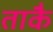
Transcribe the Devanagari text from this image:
ताकै